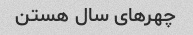
چهرهای سال هستن